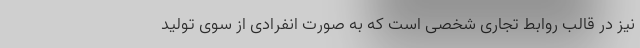
نیز در قالب روابط تجاری شخصی است که به صورت انفرادی از سوی تولید